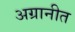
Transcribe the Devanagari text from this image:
अग्रानीत